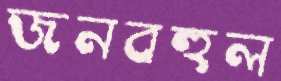
জনবহুল